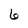
Character: 6